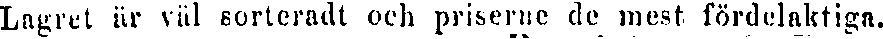
Lagret är väl sorteradt och priserne de mest fördelaktiga.